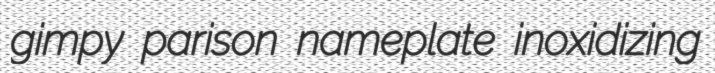
gimpy parison nameplate inoxidizing